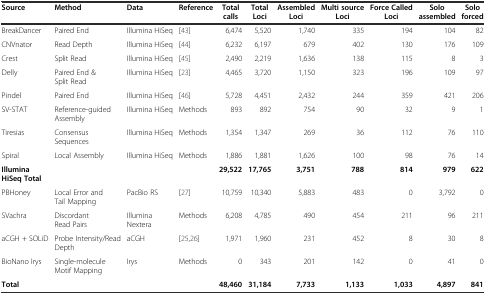
| Source | Method | Data | Reference | Total calls | Total Loci | Assembled Loci | Multi source Loci | Force Called Loci | Solo assembled | Solo forced |
 | --- | --- | --- | --- | --- | --- | --- | --- | --- | --- | --- |
 | BreakDancer | Paired End | Illumina HiSeq | [43] | 6,474 | 5,520 | 1,740 | 335 | 194 | 104 | 82 |
 | CNVnator | Read Depth | Illumina HiSeq | [44] | 6,232 | 6,197 | 679 | 402 | 130 | 176 | 109 |
 | Crest | Split Read | Illumina HiSeq | [45] | 2,490 | 2,219 | 1,636 | 138 | 115 | 8 | 3 |
 | Delly | Paired End & Split Read | Illumina HiSeq | [23] | 4,465 | 3,720 | 1,150 | 323 | 196 | 109 | 97 |
 | Pindel | Paired End | Illumina HiSeq | [46] | 5,728 | 4,451 | 2,432 | 244 | 359 | 421 | 206 |
 | SV-STAT | Reference-guided Assembly | Illumina HiSeq | Methods | 893 | 892 | 754 | 90 | 32 | 9 | 1 |
 | Tiresias | Consensus Sequences | Illumina HiSeq | Methods | 1,354 | 1,347 | 269 | 36 | 112 | 76 | 110 |
 | Spiral | Local Assembly | Illumina HiSeq | Methods | 1,886 | 1,881 | 1,626 | 100 | 98 | 76 | 14 |
 | Illumina HiSeq Total |  |  |  | 29,522 | 17,765 | 3,751 | 788 | 814 | 979 | 622 |
 | PBHoney | Local Error and Tail Mapping | PacBio RS | [27] | 10,759 | 10,340 | 5,883 | 483 | 0 | 3,792 | 0 |
 | SVachra | Discordant Read Pairs | Illumina Nextera | Methods | 6,208 | 4,785 | 490 | 454 | 211 | 96 | 211 |
 | aCGH + SOLiD | Probe Intensity/Read Depth | aCGH | [25,26] | 1,971 | 1,960 | 231 | 452 | 8 | 30 | 8 |
 | BioNano Irys | Single-molecule Motif Mapping | Irys | Methods | 0 | 343 | 201 | 142 | 0 | 41 | 0 |
 | Total |  |  |  | 48,460 | 31,184 | 7,733 | 1,133 | 1,033 | 4,897 | 841 |